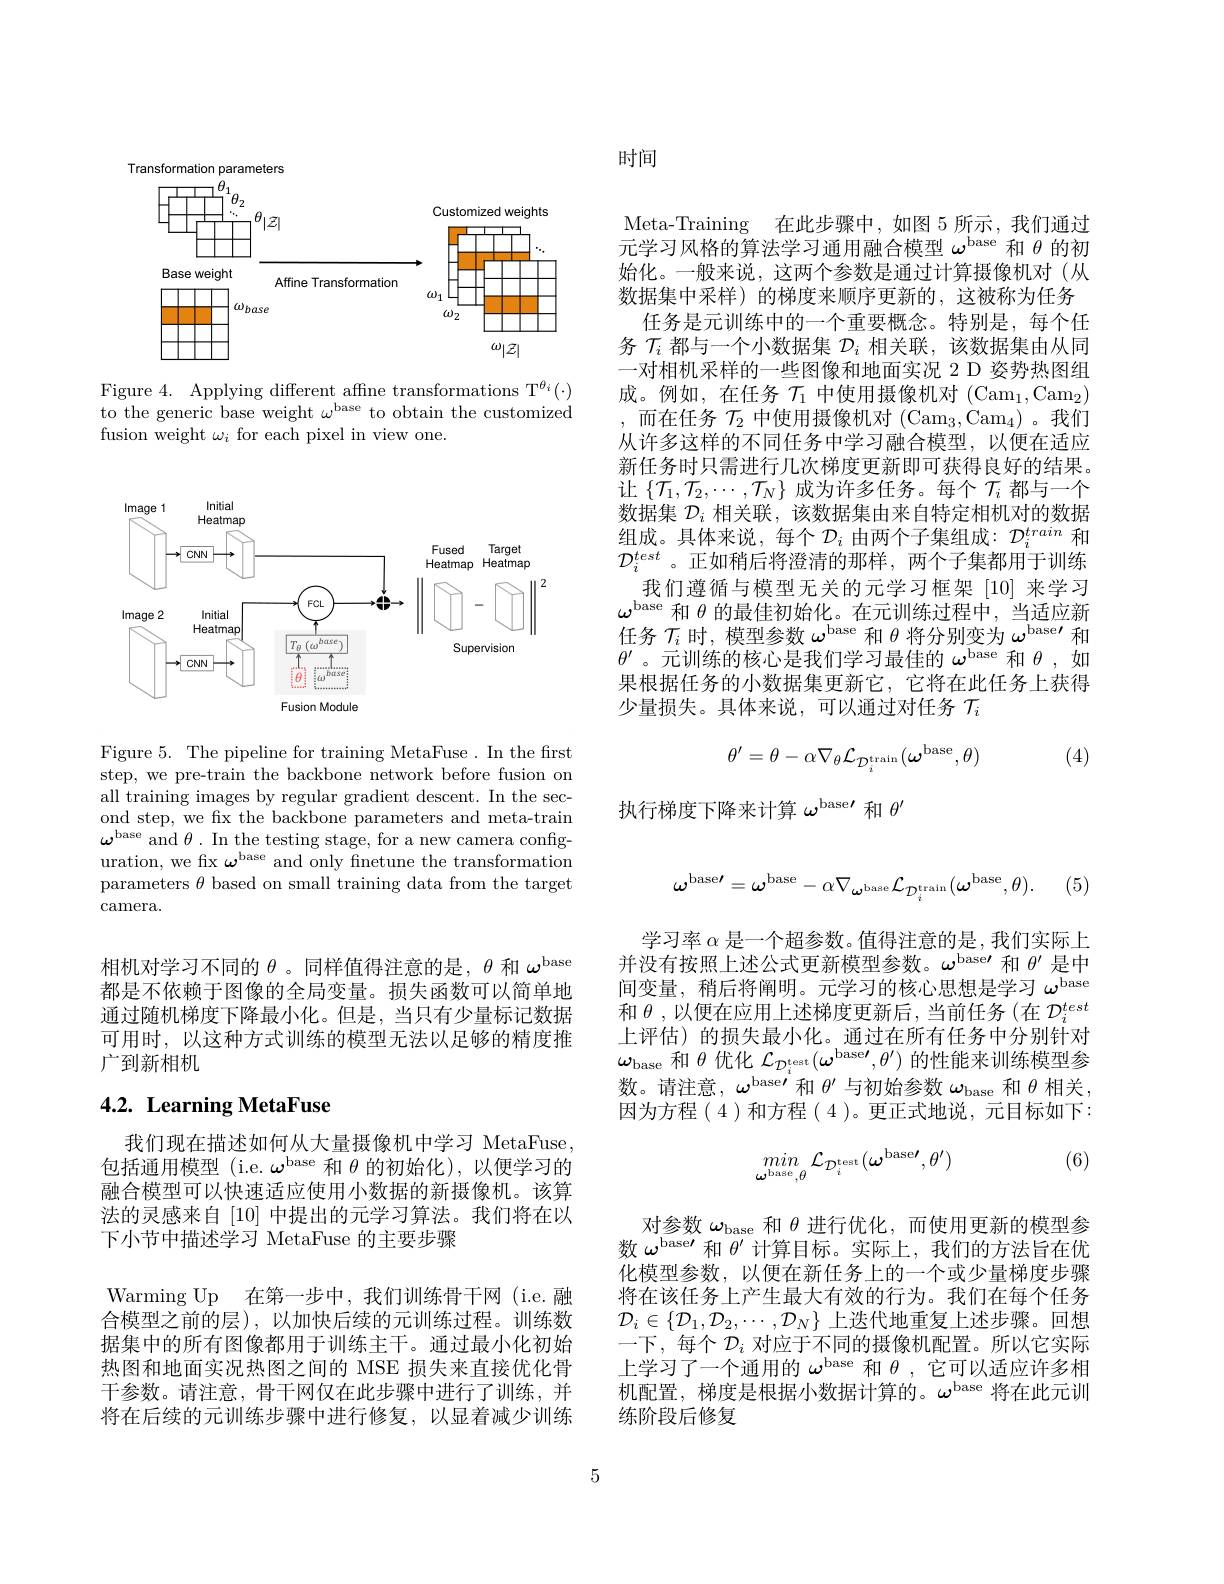
<FigureHere>

Figure 4. Applying different affne transformations T$^{\theta_i}(\cdot)$ to the generic base weight $\omega^\text{base to obtain the customized}$ fusion weight $\omega_i$ for each pixel in view one.

<FigureHere>

Figure 5. The pipeline for training MetaFuse. In the first step, we pre-train the backbone network before fusion on all training images by regular gradient descent. In the second step, we fx the backbone parameters and meta-train $\omega^{\mathrm{base~and~}\theta.\text{ In the testing stage, for a new camera config-}}$ uration, we fix $\omega^\text{base}$ and only finetune the transformation parameters $\theta$ based on small training data from the target camera.

相机对学习不同的$\theta$ 。同样值得注意的是，$\theta$和$\omega^\mathrm{base}$ 都是不依赖于图像的全局变量。损失函数可以简单地通过随机梯度下降最小化。但是，当只有少量标记数据可用时，以这种方式训练的模型无法以足够的精度推广到新相机

# $4. 2. \textbf{Learning MetaFuse}$

我们现在描述如何从大量摄像机中学习 MetaFuse, 包括通用模型 (i.e.$\omega^\mathrm{base}$和$\theta$的初始化),以便学习的融合模型可以快速适应使用小数据的新摄像机。该算法的灵感来自[10]中提出的元学习算法。我们将在以下小节中描述学习 MetaFuse 的主要步骤
Warming Up 在第一步中，我们训练骨干网(i.e.融合模型之前的层),以加快后续的元训练过程。训练数据集中的所有图像都用于训练主干。通过最小化初始热图和地面实况热图之间的 MSE 损失来直接优化骨干参数。请注意，骨干网仅在此步骤中进行了训练，并将在后续的元训练步骤中进行修复，以显着减少训练

时间

Meta-Training
在此步骤中，如图 5 所示，我们通过
元学习风格的算法学习通用融合模型$\omega^\mathrm{base}$和$\theta$的初始化。一般来说，这两个参数是通过计算摄像机对(从数据集中采样)的梯度来顺序更新的，这被称为任务
任务是元训练中的一个重要概念。特别是，每个任务$\mathcal{T}_i$都与一个小数据集$\mathcal{D}_i$相关联，该数据集由从同一对相机采样的一些图像和地面实况 2 D 姿势热图组成。例如，在任务$\mathcal{T}_1$中使用摄像机对 (Cam$_1,\mathrm{Cam}_2)$ 而在任务$\mathcal{T}_2$中使用摄像机对 (Cam$_3,\mathrm{Cam}_4)$。我们从许多这样的不同任务中学习融合模型，以便在适应新任务时只需进行几次梯度更新即可获得良好的结果。让$\{\mathcal{T}_1,\mathcal{T}_2,\cdots,\mathcal{T}_N\}$成为许多任务。每个$\mathcal{T}_i$都与一个数据集$\mathcal{D}_i$相关联，该数据集由来自特定相机对的数据组成。具体来说，每个$\mathcal{D}_i$由两个子集组成：$\mathcal{D}_i^{train}$和$\mathcal{D}_i^{test}$ 。正如稍后将澄清的那样，两个子集都用于训练
我们遵循与模型无关的元学习框架[10]来学习$\omega^\mathrm{base}$和$\theta$的最佳初始化。在元训练过程中，当适应新任务$\mathcal{T}_i$时，模型参数$\omega^\text{base 和 }\theta$将分别变为$\omega^\text{base}\prime$和$\theta^{\prime}$。元训练的核心是我们学习最佳的$\omega^\mathrm{base}$和$\theta$,如果根据任务的小数据集更新它，它将在此任务上获得少量损失。具体来说，可以通过对任务$\mathcal{T}_i$
$$\theta'=\theta-\alpha\nabla_\theta\mathcal{L}_{\mathcal{D}_i^{\mathrm{train}}}(\omega^{\mathrm{base}},\theta)$$
(4)

执行梯度下降来计算$\omega^\mathrm{base\prime}$和$\theta^\prime$
$$\omega^{\mathrm{base}\prime}=\omega^{\mathrm{base}}-\alpha\nabla_{\omega^{\mathrm{base}}}\mathcal{L}_{\mathcal{D}_{i}^{\mathrm{train}}}(\omega^{\mathrm{base}},\theta).$$
(5)

学习率$\alpha$是一个超参数。值得注意的是，我们实际上并没有按照上述公式更新模型参数。$\omega^\mathrm{base\prime}$和$\theta^{\prime}$是中间变量，稍后将阐明。元学习的核心思想是学习$\omega^\mathrm{base}$ 和 $\theta$,以便在应用上述梯度更新后，当前任务(在 $\mathcal{D}_i^test$ 上评估)的损失最小化。通过在所有任务中分别针对$\omega_\mathrm{base}$和$\theta$优化$\mathcal{L}_\mathcal{D}_i^\mathrm{test}(\omega^\mathrm{base}\prime,\theta^{\prime})$的性能来训练模型参数。请注意，$\omega^\text{base}\prime$和$\theta^\prime$与初始参数$\omega_\mathrm{base}$和$\theta$相关， 因为方程(4)和方程(4)。更正式地说，元目标如下：

(6)
$$\begin{array}{c}min\\\omega^{\mathrm{base}},\theta\end{array}\mathcal{L}_{\mathcal{D}_{i}^{\mathrm{test}}}(\omega^{\mathrm{base}\prime},\theta^{\prime})$$
对参数$\omega_\mathrm{base}$和$\theta$进行优化，而使用更新的模型参数$\omega^\mathrm{base\prime}$和$\theta^\prime$计算目标。实际上，我们的方法旨在优化模型参数，以便在新任务上的一个或少量梯度步骤将在该任务上产生最大有效的行为。我们在每个任务$\mathcal{D}_i\in\{\mathcal{D}_1,\mathcal{D}_2,\cdots,\mathcal{D}_N\}$上迭代地重复上述步骤。回想一下，每个$\mathcal{D}_i$对应于不同的摄像机配置。所以它实际上学习了一个通用的$\omega^\mathrm{base}$和$\theta$,它可以适应许多相机配置，梯度是根据小数据计算的。$\omega^\mathrm{base}$将在此元训练阶段后修复

5